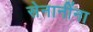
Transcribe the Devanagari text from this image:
सेनानींना